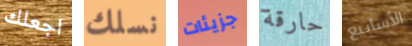
اجعلك نسلك جزيئات حارقة الأسابيع